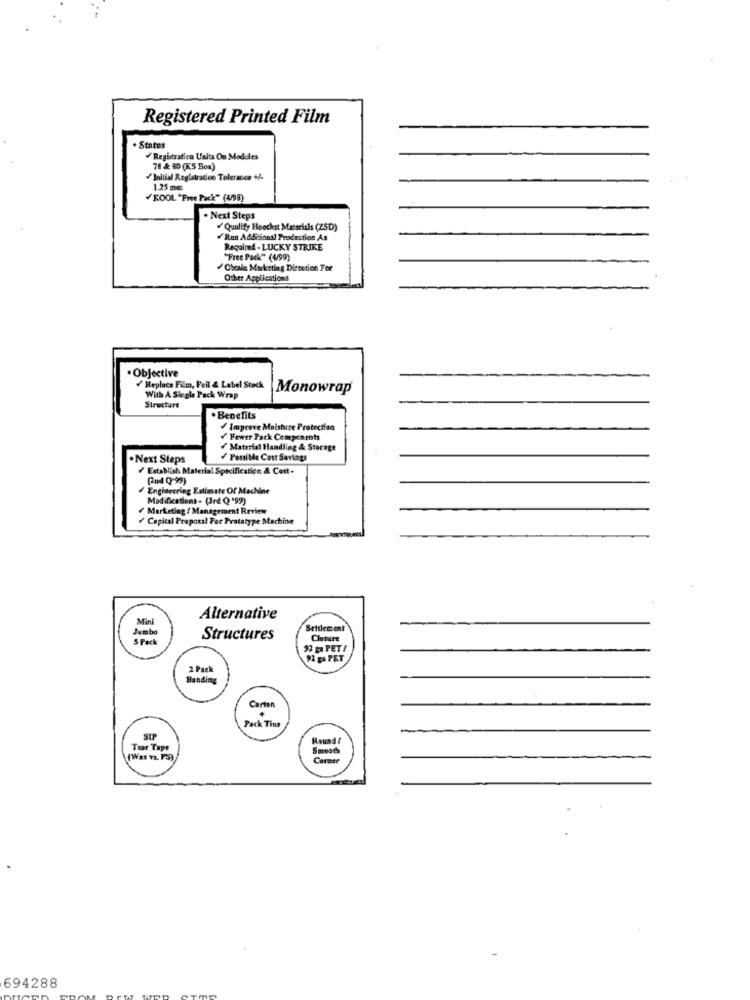
Registered Printed Film
. Status
Registration Units Om Modules
78 & 80 (KS Box)
Initial Registration Tolerance +/-
1.25 mm
KOOL "Free Pack" (4/08)
. Next Steps
/Qualify Hoechst Materials (ZSD)
/Run Additional Production As
Required - LUCKY STRIKE
"Free Pack" (4/99)
OScale Marketing Direction For
Other Applications
. Objective
Replace Film, Feil & Label Stock
Monowrap
With A Siegle Pack Wrap
Structure
. Benefits
Improve Moisture Protection
Fewer Pack Components
Material Handling & Storage
. Next Steps
Possible Cost Savings
Establish Material Specification & Cost-
(2nd 0-95)
Engineering Estimate Of Machine
Modifications - (Jre Q '99)
Marketing / Management Review
/ Capital Proposal For Prototype Machine
Alternative
Settlement
Structures
Cloture
92 ga PET /
92 mPET
2 Pack
Handing
Carton
+
Pack Tius
Tear Tape
(Was vs. PS)
Smooth
694288